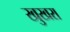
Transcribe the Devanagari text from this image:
खुखरा